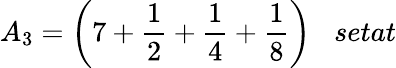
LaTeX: A_{3}={\bigg(}7+{\frac{1}{2}}+{\frac{1}{4}}+{\frac{1}{8}}{\bigg)}\; \; \; setat